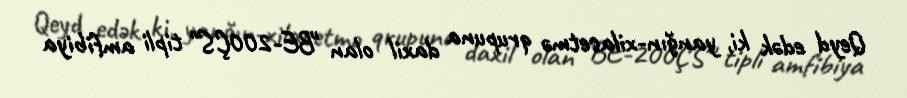
Qeyd edək ki, yanğın-xilasetmə qrupuna daxil olan "BE-200ÇS" tipli amfibiya